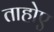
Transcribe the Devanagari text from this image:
ताहोए